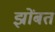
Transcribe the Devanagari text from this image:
झोंबत